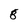
Character: 8